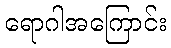
ရောဂါအကြောင်း